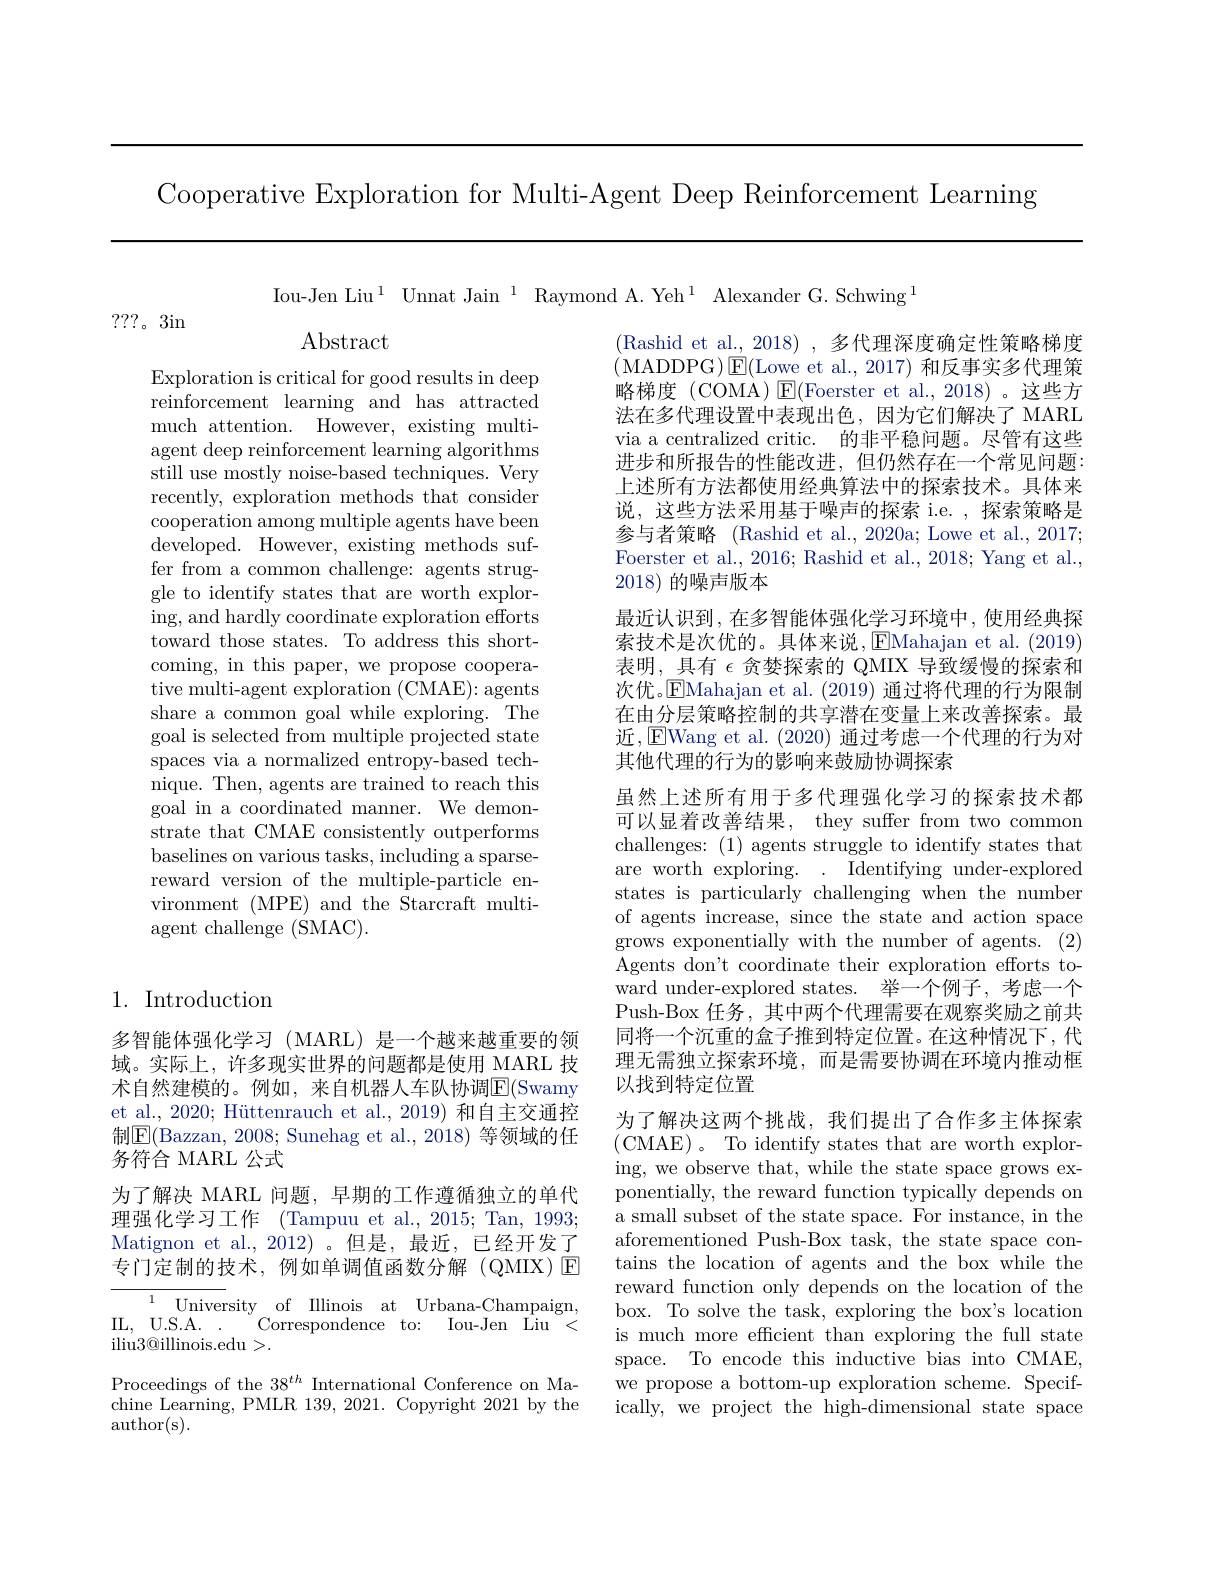
Cooperative Exploration for Multi-Agent Deep Reinforcement Learning

Iou-Jen Liu$^1$ Unnat Jain$^1$ Raymond A.Yeh$^1$ Alexander G.Schwing$^1$

???。3in

$\operatorname{Abstract}$

(Rashid et al., 2018) , 多代理深度确定性策略梯度(MADDPG$)\boxtimes$E(Lowe et al., 2017)和反事实多代理策略梯度(COMA)$\operatorname{E}($Foerster et al.,2018)。这些方法在多代理设置中表现出色，因为它们解决了 MARL via a centralized critic. 的非平稳问题。尽管有这些进步和所报告的性能改进，但仍然存在一个常见问题： 上述所有方法都使用经典算法中的探索技术。具体来说，这些方法采用基于噪声的探索 i.e.,探索策略是参与者策略 (Rashid et al., 2020a; Lowe et al., 2017; Foerster et al., 2016; Rashid et al., 2018; Yang et al., 2018)的噪声版本
最近认识到，在多智能体强化学习环境中，使用经典探索技术是次优的。具体来说，▣EMahajan et al.(2019) 表明，具有$\epsilon$贪婪探索的 QMIX 导致缓慢的探索和次优。$\operatorname{EMahajan}$ et al. (2019)通过将代理的行为限制在由分层策略控制的共享潜在变量上来改善探索。最近，EWang et al. (2020) 通过考虑一个代理的行为对其他代理的行为的影响来鼓励协调探索

Exploration is critical for good results in deep reinforcement learning and has attracted much attention. However, existing multiagent deep reinforcement learning algorithms still use mostly noise-based techniques. Very recently, exploration methods that consider cooperation among multiple agents have been developed. However, existing methods suffer from a common challenge: agents st gle to identify states that are worth exploring, and hardly coordinate exploration efforts toward those states. To address this shortcoming, in this paper, we propose cooperative multi-agent exploration (CMAE): agents share a common goal while exploring. The goal is selected from multiple project spaces via a normalized entropy-based technique. Then, agents are trained to reach this goal in a coordinated manner. We demonstrate that CMAE consistently outperforms baselines on various tasks, including a sparsereward version of the multiple-particle environment (MPE) and the Starcraft mult agent challenge (S$MAC) .$

虽然上述所有用于多代理强化学习的探索技术都可以显着改善结果，they suffer from two common challenges: (1) agents struggle to i are worth exploring. . Identifying under-explored states is particularly challenging when the number of agents increase, since the state and action space grows exponentially with the number of agents. (2) Agents don't coordinate their exploration efforts toward under-explored states. 举一个例子，考虑一个Push-Box 任务，其中两个代理需要在观察奖励之前共同将一个沉重的盒子推到特定位置。在这种情况下，代理无需独立探索环境，而是需要协调在环境内推动框以找到特定位置
为了解决这两个挑战，我们提出了合作多主体探索(CMAE)。To identify states that are worth exploring, we observe that, while the state space grows exponentially, the reward function typically depends on a small subset of the state space. For instance, in the aforementioned Push-Box task, the state space contains the location of agents and the box while the reward function only depends on the lo box. To solve the task, exploring the box's location is much more efficient than exploring the full state space. To encode this inductive bias i we propose a bottom-up exploration scheme. Specifically, we project the high-dimensiona

## 1. Introduction

多智能体强化学习 (MARL)是一个越来越重要的领域。实际上，许多现实世界的问题都是使用 MARL 技术自然建模的。例如，来自机器人车队协调$\boxed{\mathrm{E}}($Swamy et al., 2020; Hüttenrauch et al., 2019) 和自主交通控制$\boxed{\mathrm{E}}($Bazzan, 2008; Sunehag et al., 2018) 等领域的任务符合 MARL 公式
为了解决 MARL 问题，早期的工作遵循独立的单代理强化学习工作 (Tampuu et al., 2015; Tan, 1993; Matignon et al.,2012)。但是，最近，已经开发了专门定制的技术，例如单调值函数分解(QMIX)E
IL, U.S.A..
Correspondence to: Iou-Jen Liu <
${\mathrm{iliu3@illinois.edu}}>.$
Proceedings of the $38^{th}$ International Conference on Machine Learning, PMLR 139, 2021. Copyright 2021 by the author(s).